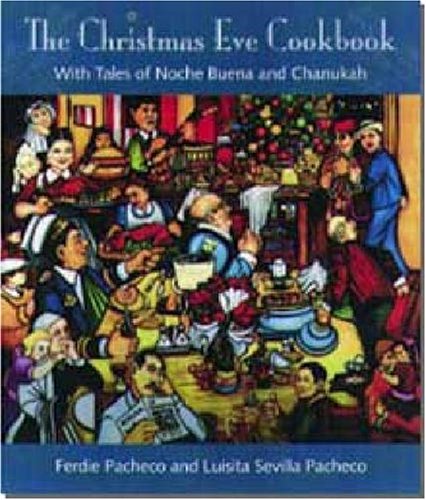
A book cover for The Christmas Eve Cookbook: With Tales of Nochebuena and Chanukah; Ferdie Pacheco; Cookbooks, Food & Wine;